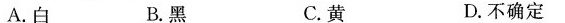
A.白 B.黑 C.黄 D.不确定